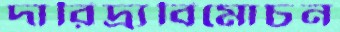
দারিদ্র্যবিমোচন